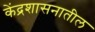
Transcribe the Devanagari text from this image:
केंद्रशासनातील